Document type: Grant of rights
Year: 1254
Scribe: Jaume de Port
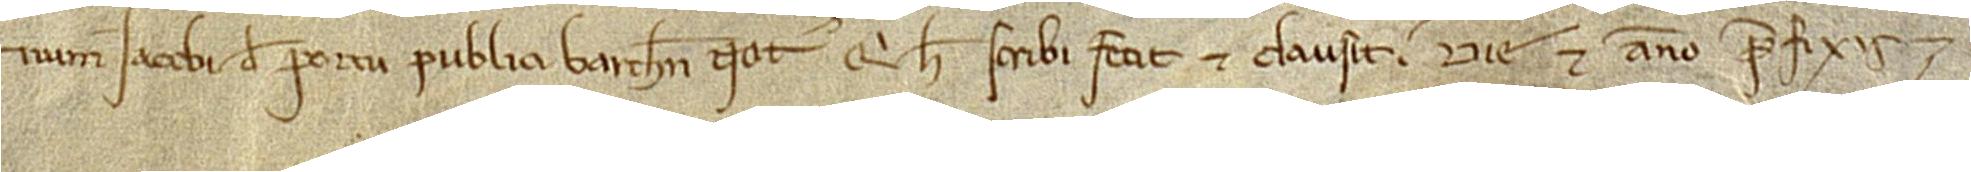
num Iacobi de Portu, publici Barchinone notarii, qui hec scribi fecit et clausit die et anno prefixis.